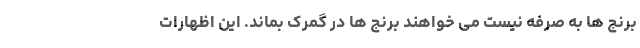
برنج ها به صرفه نیست می خواهند برنج ها در گمرک بماند. این اظهارات